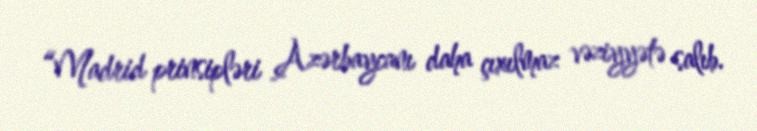
“Madrid prinsipləri Azərbaycanı daha çıxılmaz vəziyyətə salıb.